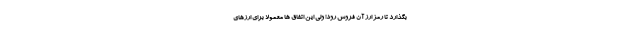
بگذارد تا رمز ارز آن فروش رود! ولی این اتفاق ها معمولا برای ارزهای